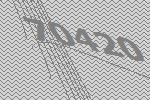
70420